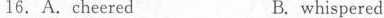
16. A.cheeredB.whispered